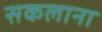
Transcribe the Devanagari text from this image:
सकलाना